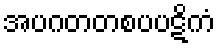
အပဂတတစပပဋိကံ